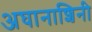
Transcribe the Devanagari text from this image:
अघानाशिनी